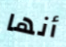
أنها